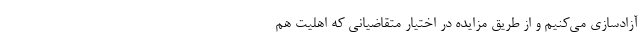
آزادسازی می‌کنیم و از طریق مزایده در اختیار متقاضیانی که اهلیت هم